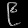
Digit: ၉